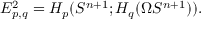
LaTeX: E _ { p , q } ^ { 2 } = H _ { p } ( S ^ { n + 1 } ; H _ { q } ( \Omega S ^ { n + 1 } ) ) .